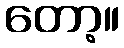
တော့။